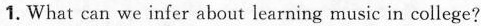
1. What can we infer about learning music in college?